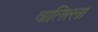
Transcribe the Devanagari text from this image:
वालित्ला